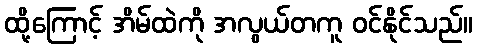
ထို့ကြောင့် အိမ်ထဲကို အလွယ်တကူ ဝင်နိုင်သည်။